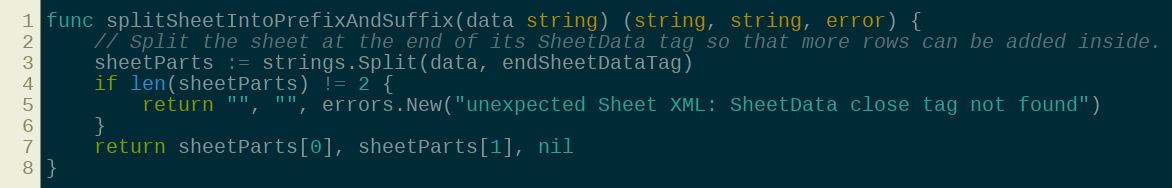
Language: Go
func splitSheetIntoPrefixAndSuffix(data string) (string, string, error) {
	// Split the sheet at the end of its SheetData tag so that more rows can be added inside.
	sheetParts := strings.Split(data, endSheetDataTag)
	if len(sheetParts) != 2 {
		return "", "", errors.New("unexpected Sheet XML: SheetData close tag not found")
	}
	return sheetParts[0], sheetParts[1], nil
}